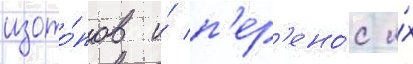
изото́пов и́ п'ер'ено́с и́х